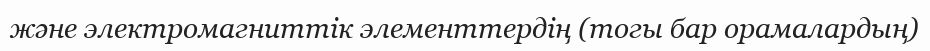
және электромагниттік элементтердің (тогы бар орамалардың)